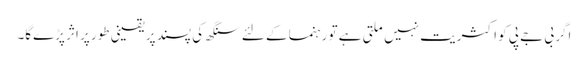
اگر بی جے پی کو اکثریت نہیں ملتی ہے تو رہنما کے لئے سنگھ کی پسند پر یقینی طور پر اثر پڑے‌گا۔